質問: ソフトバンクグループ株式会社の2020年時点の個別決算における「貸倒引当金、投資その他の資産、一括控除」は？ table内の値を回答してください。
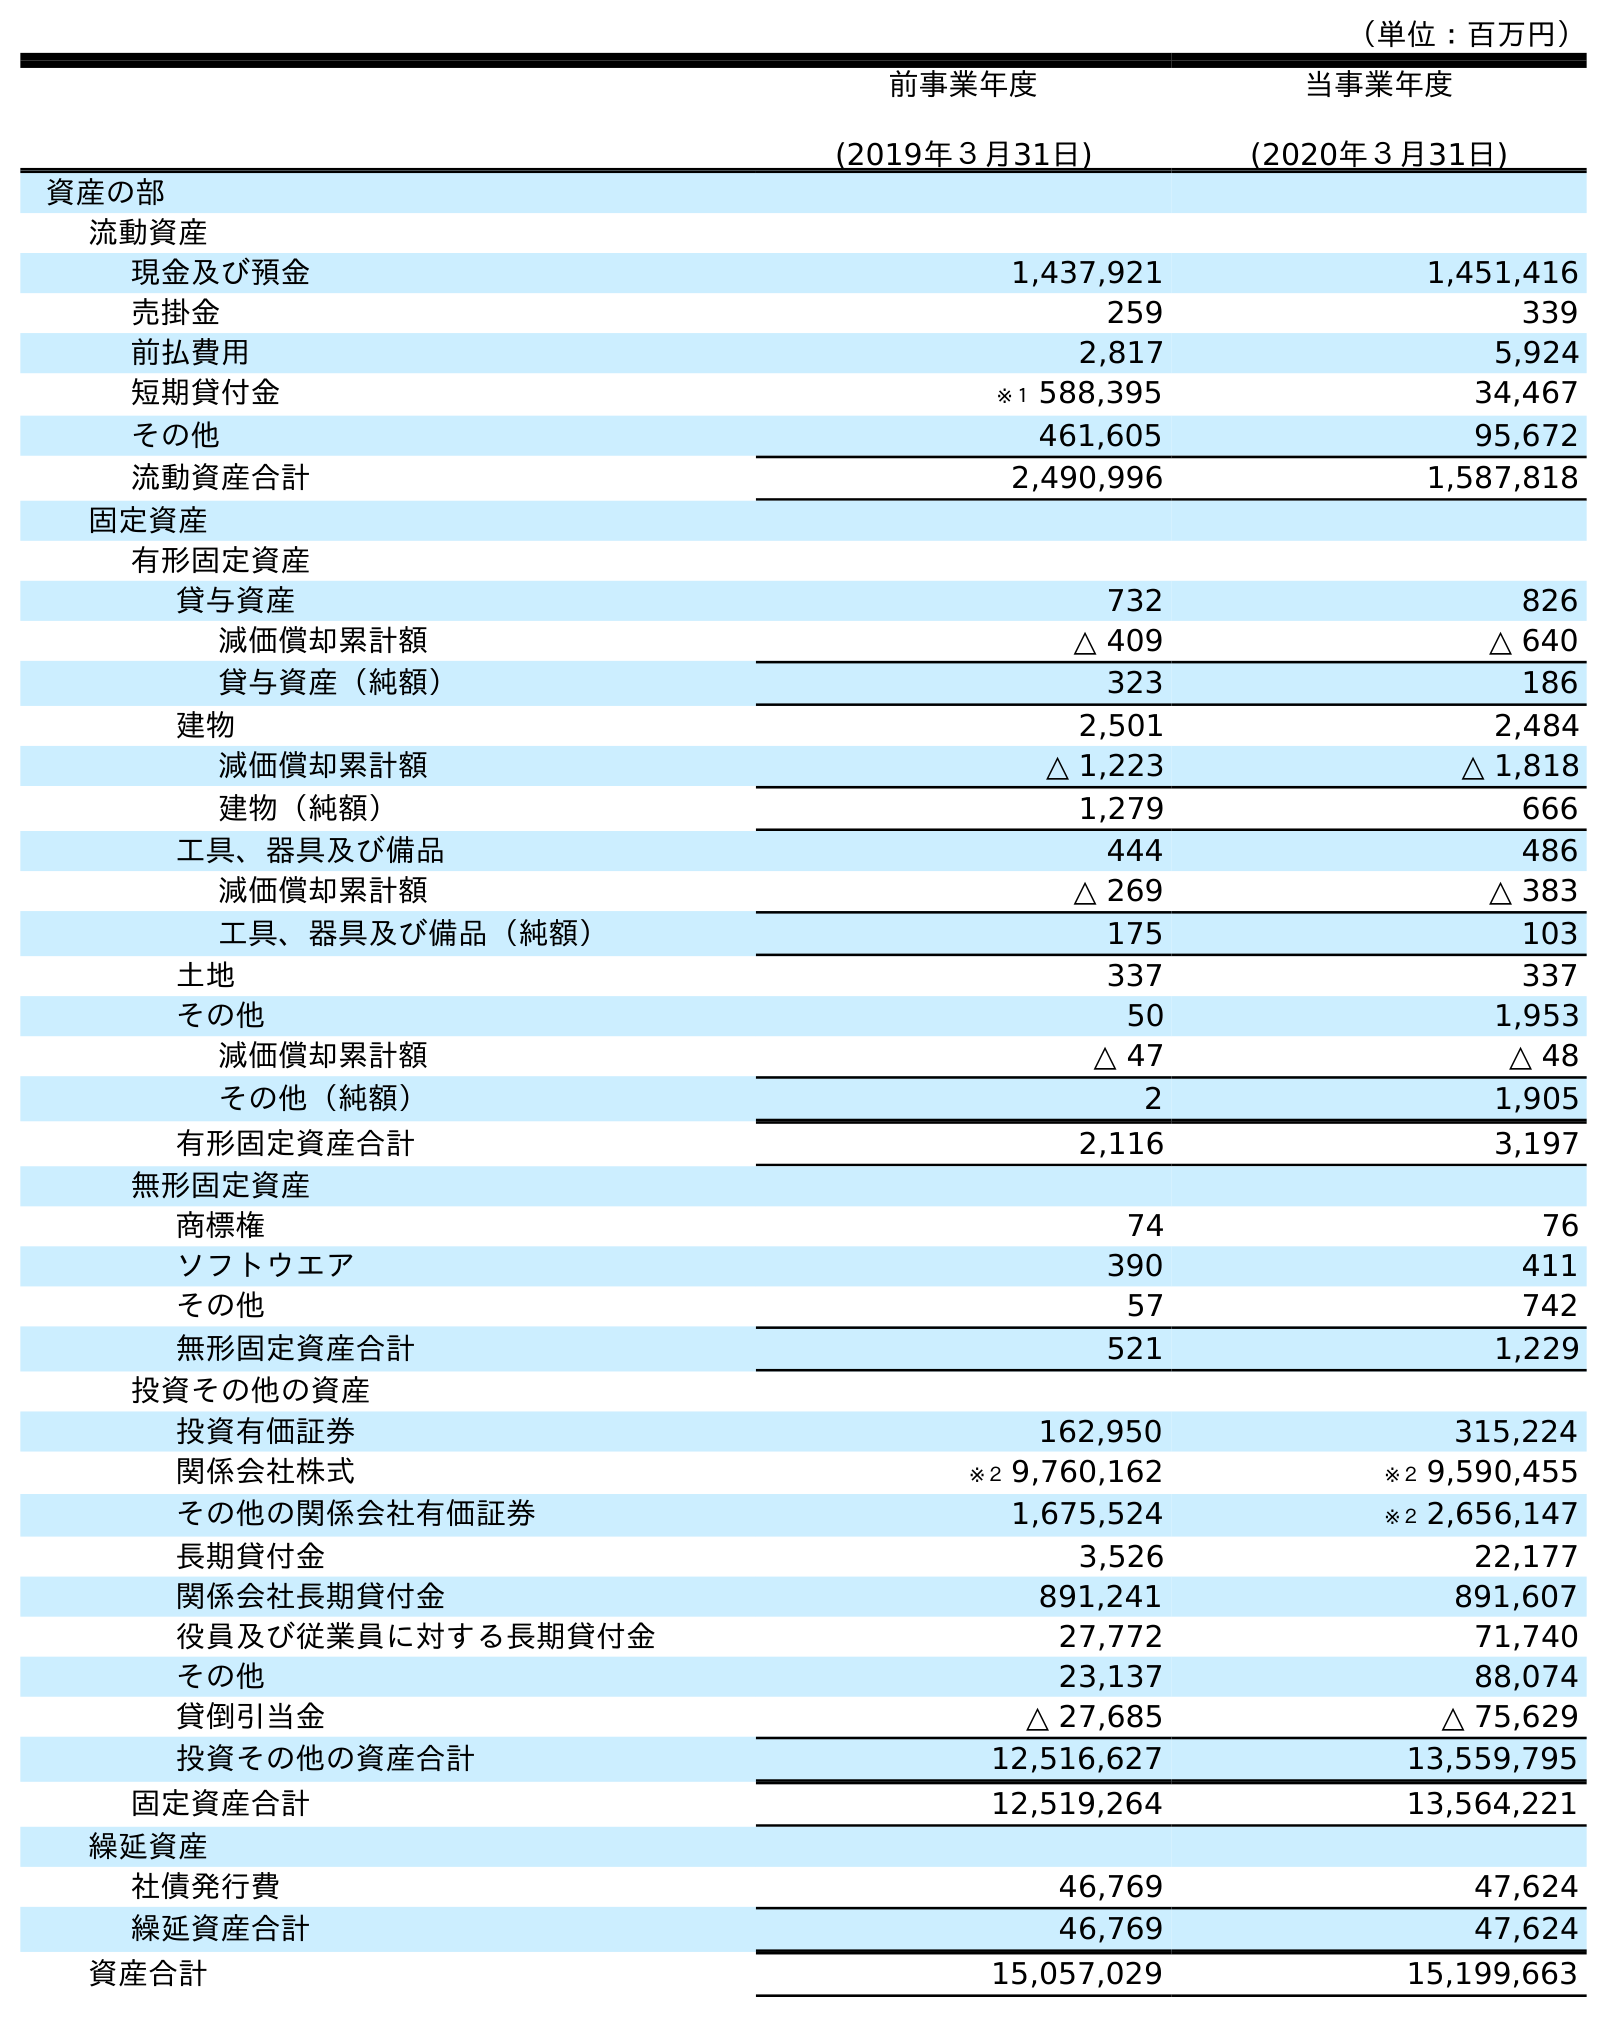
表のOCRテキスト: （単位：百万円） 前事業年度 (2019年３月31日) 当事業年度 (2020年３月31日) 資産の部 流動資産 現金及び預金 1,437,921 1,451,416 売掛金 259 339 前払費用 2,817 5,924 短期貸付金 ※１ 588,395 34,467 その他 461,605 95,672 流動資産合計 2,490,996 1,587,818 固定資産 有形固定資産 貸与資産 732 826 減価償却累計額 △ 409 △ 640 貸与資産（純額） 323 186 建物 2,501 2,484 減価償却累計額 △ 1,223 △ 1,818 建物（純額） 1,279 666 工具、器具及び備品 444 486 減価償却累計額 △ 269 △ 383 工具、器具及び備品（純額） 175 103 土地 337 337 その他 50 1,953 減価償却累計額 △ 47 △ 48 その他（純額） 2 1,905 有形固定資産合計 2,116 3,197 無形固定資産 商標権 74 76 ソフトウエア 390 411 その他 57 742 無形固定資産合計 521 1,229 投資その他の資産 投資有価証券 162,950 315,224 関係会社株式 ※２ 9,760,162 ※２ 9,590,455 その他の関係会社有価証券 1,675,524 ※２ 2,656,147 長期貸付金 3,526 22,177 関係会社長期貸付金 891,241 891,607 役員及び従業員に対する長期貸付金 27,772 71,740 その他 23,137 88,074 貸倒引当金 △ 27,685 △ 75,629 投資その他の資産合計 12,516,627 13,559,795 固定資産合計 12,519,264 13,564,221 繰延資産 社債発行費 46,769 47,624 繰延資産合計 46,769 47,624 資産合計 15,057,029 15,199,663
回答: △75,629